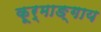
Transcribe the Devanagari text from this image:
कूर्माङ्गाय